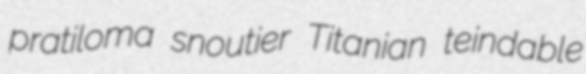
pratiloma snoutier Titanian teindable